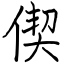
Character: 偰